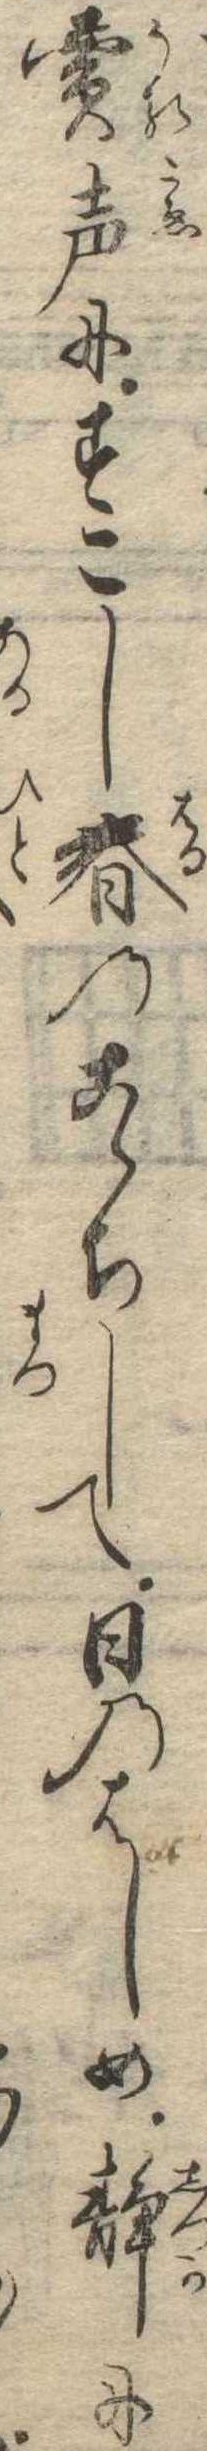
売声にすこし春のこゝちして日のはしめ静に